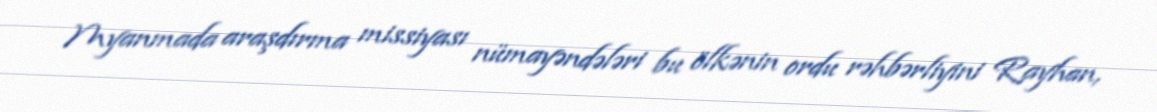
Myanmada araşdırma missiyası nümayəndələri bu ölkənin ordu rəhbərliyini Rayhan,